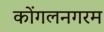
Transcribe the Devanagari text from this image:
कोंगलनगरम